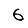
Digit: 6